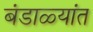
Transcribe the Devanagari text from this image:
बंडाळ्यांत